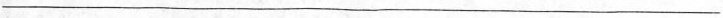
___